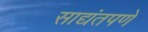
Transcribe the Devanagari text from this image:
साद्यंतपणे